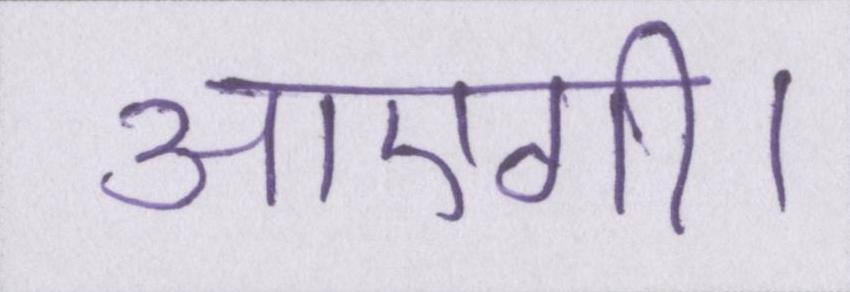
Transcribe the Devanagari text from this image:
आएगी।